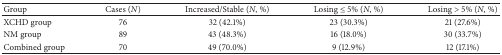
| Group | Cases (N) | Increased/Stable (N, %) | Losing ≤ 5% (N, %) | Losing > 5% (N, %) |
 | --- | --- | --- | --- | --- |
 | XCHD group | 76 | 32 (42.1%) | 23 (30.3%) | 21 (27.6%) |
 | NM group | 89 | 43 (48.3%) | 16 (18.0%) | 30 (33.7%) |
 | Combined group | 70 | 49 (70.0%) | 9 (12.9%) | 12 (17.1%) |